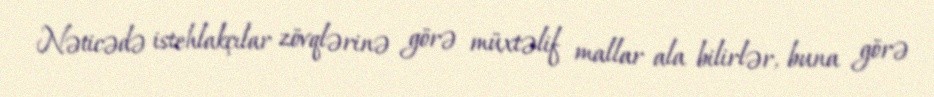
Nəticədə istehlakçılar zövqlərinə görə müxtəlif mallar ala bilirlər, buna görə